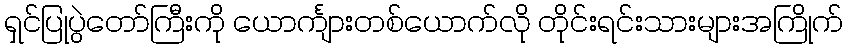
ရှင်ပြုပွဲတော်ကြီးကို ယောင်္ကျားတစ်ယောက်လို တိုင်းရင်းသားများအကြိုက်